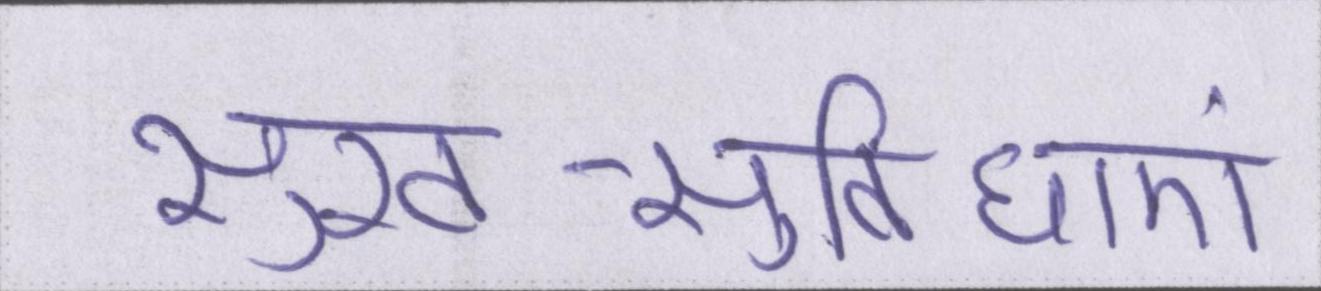
सुख-सुविधाएं